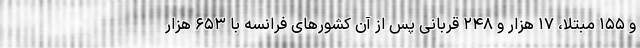
و ۱۵۵ مبتلا، ۱۷ هزار و ۲۴۸ قربانی پس از آن کشورهای فرانسه با ۶۵۳ هزار